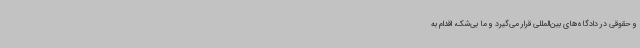
و حقوقی در دادگاه‌های بین‌المللی قرار می‌گیرد و ما بی‌شک، اقدام به